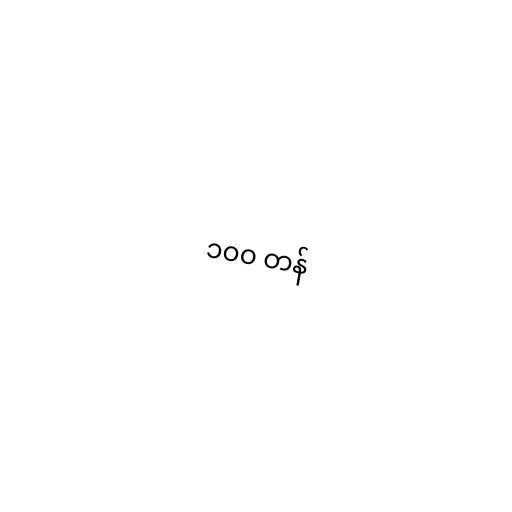
၁၀၀ တန်